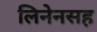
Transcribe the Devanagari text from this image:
लिनेनसह